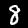
Digit: 8